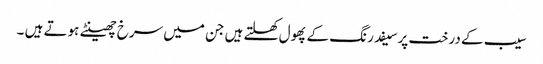
سیب کے درخت پرسیفد رنگ کے پھول کھلتے ہیں جن میں سرخ چھینٹے ہوتے ہیں ۔